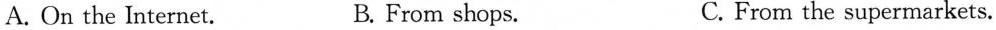
A. On the Internet. B. From shops. C. From the supermarkets.